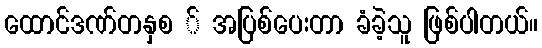
ထောင်ဒဏ်တနှစ ် အပြစ်ပေးတာ ခံခဲ့သူ ဖြစ်ပါတယ်။